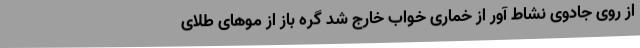
از روی جادوی نشاط آور از خماری خواب خارج شد گره باز از موهای طلای